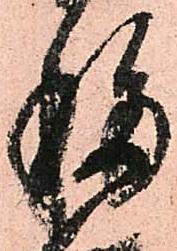
移